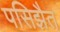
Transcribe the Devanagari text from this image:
पसिझैत